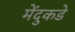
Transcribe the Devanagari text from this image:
मेंदुकडे